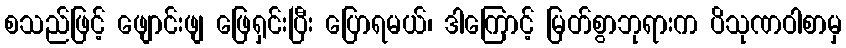
စသည်ဖြင့် ဖျောင်းဖျ ဖြေရှင်းပြီး ပြောရမယ်၊ ဒါကြောင့် မြတ်စွာဘုရားက ပိသုဏဝါစာမှ